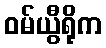
ဝမ်ယွီရိုက